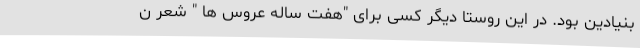
بنیادین بود. در این روستا دیگر کسی برای "هفت ساله عروس ها " شعر ن